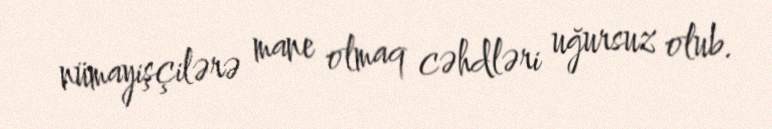
nümayişçilərə mane olmaq cəhdləri uğursuz olub.